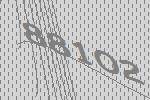
88102